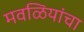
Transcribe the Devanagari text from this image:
मवळियांचा